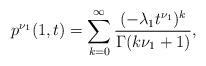
LaTeX: \begin{align*}p^{\nu_1}(1,t)=\sum_{k=0}^{\infty}\frac{(-\lambda_1 t^{\nu_1})^{k}}{\Gamma(k{\nu_1}+1)},\end{align*}